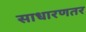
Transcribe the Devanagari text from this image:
साधारणतर